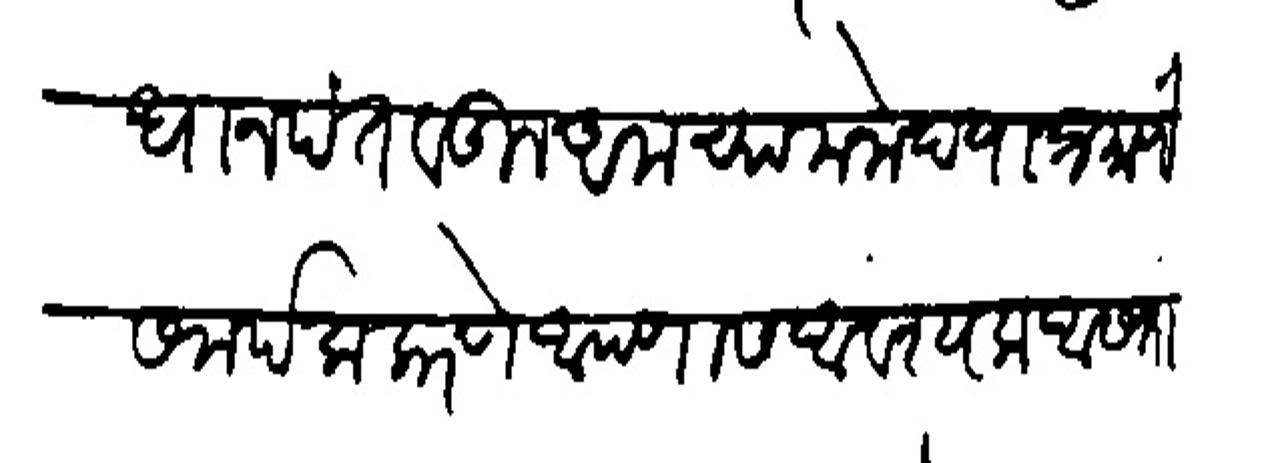
Transliteration (Devanagari): प्रपानपंत वडील अमच्या मनोदयाप्रभाणे संपर्क फरणे आपणास आवश्यक आसतां